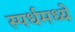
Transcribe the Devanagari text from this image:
स्पर्धमध्ये